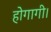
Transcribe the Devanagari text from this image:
होगागी।